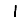
Digit: 1